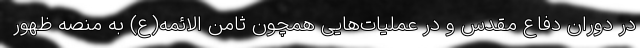
در دوران دفاع مقدس و در عملیات‌هایی همچون ثامن الائمه(ع) به منصه ظهور